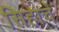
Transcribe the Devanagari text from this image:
सिहाचे